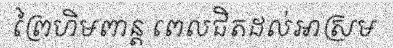
ព្រៃហិមពាន្ត ពេលជិតដល់អាស្រម